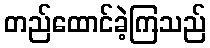
တည်ထောင်ခဲ့ကြသည်